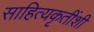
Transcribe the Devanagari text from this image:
साहित्यकृतींशी